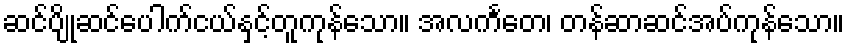
ဆင်ပျိုဆင်ပေါက်ငယ်နှင့်တူကုန်သော။ အလင်္ကတေ၊ တန်ဆာဆင်အပ်ကုန်သော။